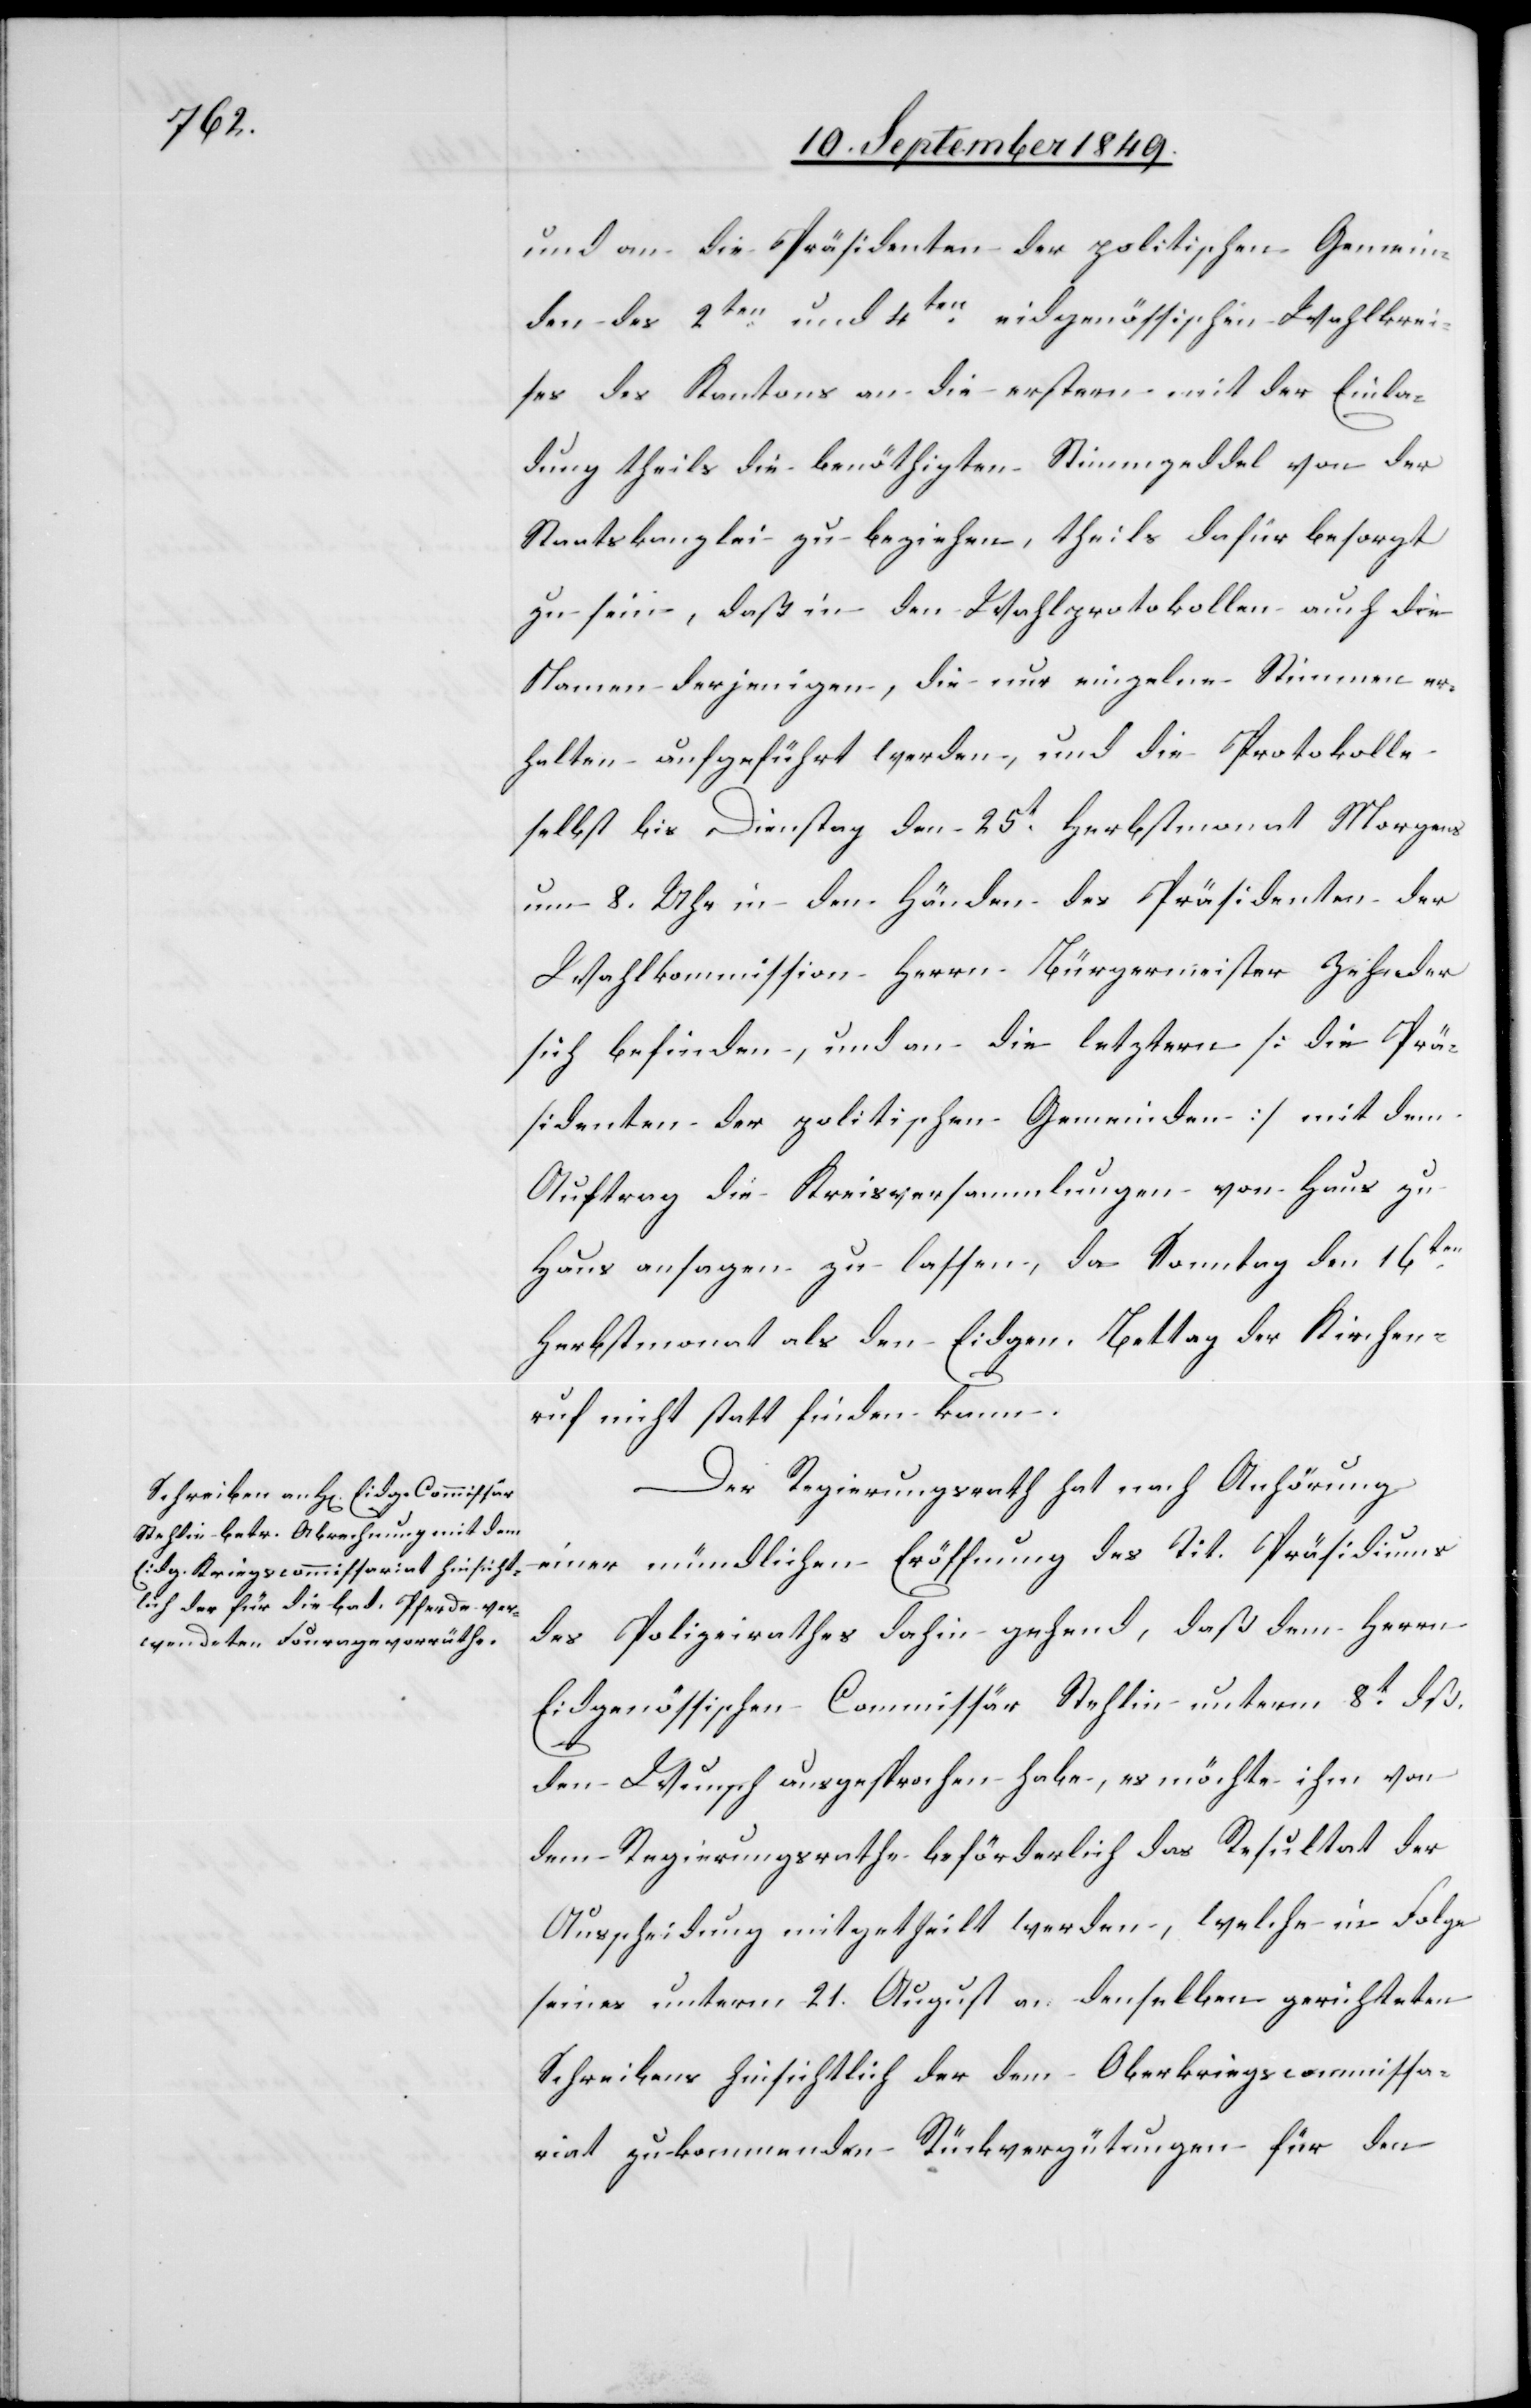
und an die Präsidenten der politischen Gemein¬
den des 2ten und 4ten eidgenössischen Wahlkrei¬
ses des Kantons an die erstern mit der Einla¬
dung theils die benöthigten Stimmzeddel von der
Staatskanzlei zu beziehen, theils dafür besorgt
zu sein, daß in den Wahlprotokollen auch die
Namen derjenigen, die nur einzelne Stimmen er¬
halten aufgeführt werden, und die Protokolle
selbst bis Dienstag den 25t Herbstmonat Morgens
um 8. Uhr in den Händen des Präsidenten der
Wahlkommission Herrn Bürgermeister Zehnder
sich befinden, und an die letztern [die Prä¬
sidenten der politischen Gemeinden] mit dem
Auftrag die Kreisversammlungen von Haus zu
Haus ansagen zu lassen, da Sonntag den 16ten
Herbstmonat als den Eidgen. Bettag der Kirchen¬
ruf nicht statt finden kann.
Der Regierungsrath hat nach Anhörung
einer mündlichen Eröffnung des Tit. Präsidiums
des Polizeirathes dahin gehend, daß dem Herrn
Eidgenössischen Commissär Stehlin unterm 8t dß.
den Wunsch ausgesprochen habe, es möchte ihm von
dem Regierungsrathe beförderlich das Resultat der
Ausscheidung mitgetheilt werden, welche in Folge
seines unterm 21. August an denselben gerichteten
Schreibens hinsichtlich der dem Oberkriegscommissa¬
riat zu kommenden Rückvergütungen für den